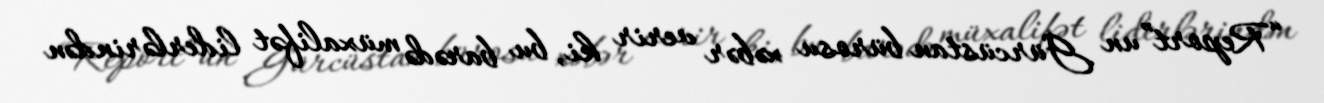
“Report”un Gürcüstan bürosu xəbər verir ki, bu barədə müxalifət liderlərindən